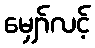
မျှော်လင့်